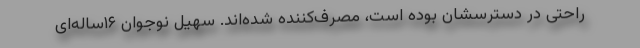
راحتی در دسترسشان بوده است، مصرف‌کننده شده‌اند. سهیل نوجوان ۱۶ساله‌ای